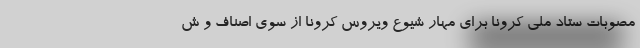
مصوبات ستاد ملی کرونا برای مهار شیوع ویروس کرونا از سوی اصناف و ش